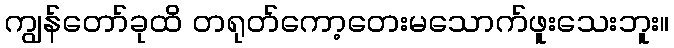
ကျွန်တော်ခုထိ တရုတ်ကော့တေးမသောက်ဖူးသေးဘူး။